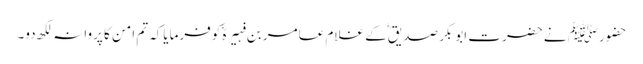
حضورﷺ نے حضرت ابوبکر صدیقؓ کے غلام عامر بن فہیرہؓ کوفرمایاکہ تم امن کا پروانہ لکھ دو۔